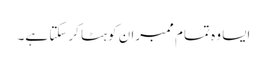
ایسا وہ تمام ممبران کو ہٹا کرسکتا ہے۔